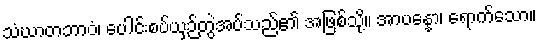
သံဃာတဘာဝံ၊ ပေါင်းစပ်ယှဉ်တွဲအပ်သည်၏ အဖြစ်သို့။ အာပန္နော၊ ရောက်သော။